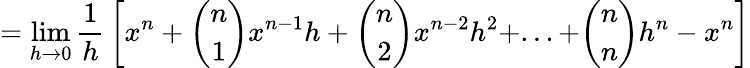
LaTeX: =\operatorname*{lim}_{h\to 0}{\frac{1}{h}}\left[x^{n}+{\binom{n}{1}}x^{n-1}h+{\binom{n}{2}}x^{n-2}h^{2}+...+{\binom{n}{n}}h^{n}-x^{n}\right]